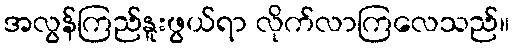
အလွန်ကြည်နူးဖွယ်ရာ လိုက်လာကြလေသည်။